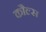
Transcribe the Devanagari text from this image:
कौल्स